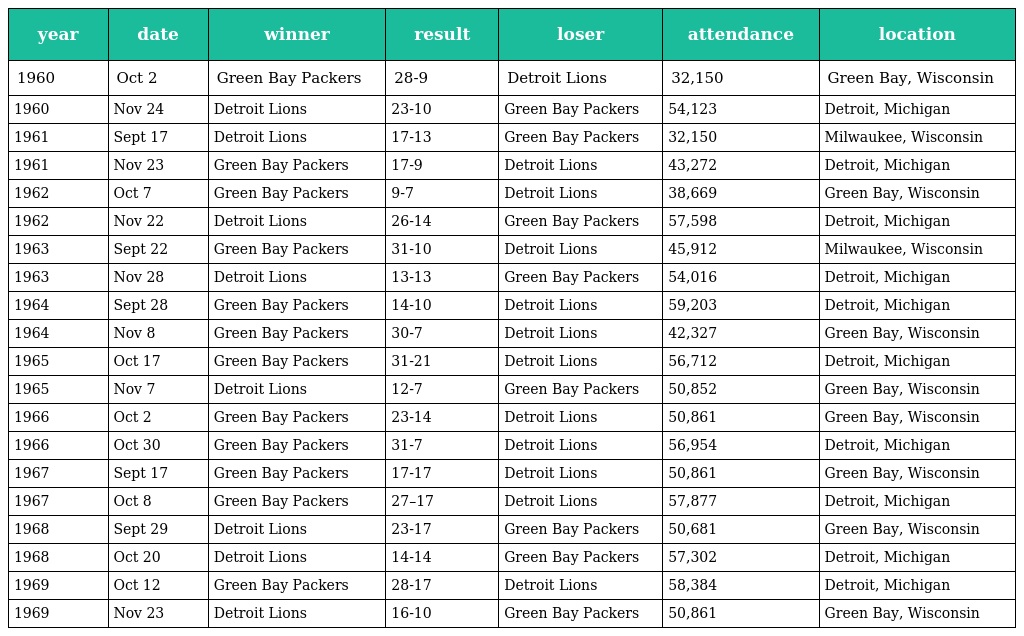
| year | date | winner | result | loser | attendance | location |
 | --- | --- | --- | --- | --- | --- | --- |
 | 1960 | Oct 2 | Green Bay Packers | 28-9 | Detroit Lions | 32,150 | Green Bay, Wisconsin |
 | 1960 | Nov 24 | Detroit Lions | 23-10 | Green Bay Packers | 54,123 | Detroit, Michigan |
 | 1961 | Sept 17 | Detroit Lions | 17-13 | Green Bay Packers | 32,150 | Milwaukee, Wisconsin |
 | 1961 | Nov 23 | Green Bay Packers | 17-9 | Detroit Lions | 43,272 | Detroit, Michigan |
 | 1962 | Oct 7 | Green Bay Packers | 9-7 | Detroit Lions | 38,669 | Green Bay, Wisconsin |
 | 1962 | Nov 22 | Detroit Lions | 26-14 | Green Bay Packers | 57,598 | Detroit, Michigan |
 | 1963 | Sept 22 | Green Bay Packers | 31-10 | Detroit Lions | 45,912 | Milwaukee, Wisconsin |
 | 1963 | Nov 28 | Detroit Lions | 13-13 | Green Bay Packers | 54,016 | Detroit, Michigan |
 | 1964 | Sept 28 | Green Bay Packers | 14-10 | Detroit Lions | 59,203 | Detroit, Michigan |
 | 1964 | Nov 8 | Green Bay Packers | 30-7 | Detroit Lions | 42,327 | Green Bay, Wisconsin |
 | 1965 | Oct 17 | Green Bay Packers | 31-21 | Detroit Lions | 56,712 | Detroit, Michigan |
 | 1965 | Nov 7 | Detroit Lions | 12-7 | Green Bay Packers | 50,852 | Green Bay, Wisconsin |
 | 1966 | Oct 2 | Green Bay Packers | 23-14 | Detroit Lions | 50,861 | Green Bay, Wisconsin |
 | 1966 | Oct 30 | Green Bay Packers | 31-7 | Detroit Lions | 56,954 | Detroit, Michigan |
 | 1967 | Sept 17 | Green Bay Packers | 17-17 | Detroit Lions | 50,861 | Green Bay, Wisconsin |
 | 1967 | Oct 8 | Green Bay Packers | 27–17 | Detroit Lions | 57,877 | Detroit, Michigan |
 | 1968 | Sept 29 | Detroit Lions | 23-17 | Green Bay Packers | 50,681 | Green Bay, Wisconsin |
 | 1968 | Oct 20 | Detroit Lions | 14-14 | Green Bay Packers | 57,302 | Detroit, Michigan |
 | 1969 | Oct 12 | Green Bay Packers | 28-17 | Detroit Lions | 58,384 | Detroit, Michigan |
 | 1969 | Nov 23 | Detroit Lions | 16-10 | Green Bay Packers | 50,861 | Green Bay, Wisconsin |